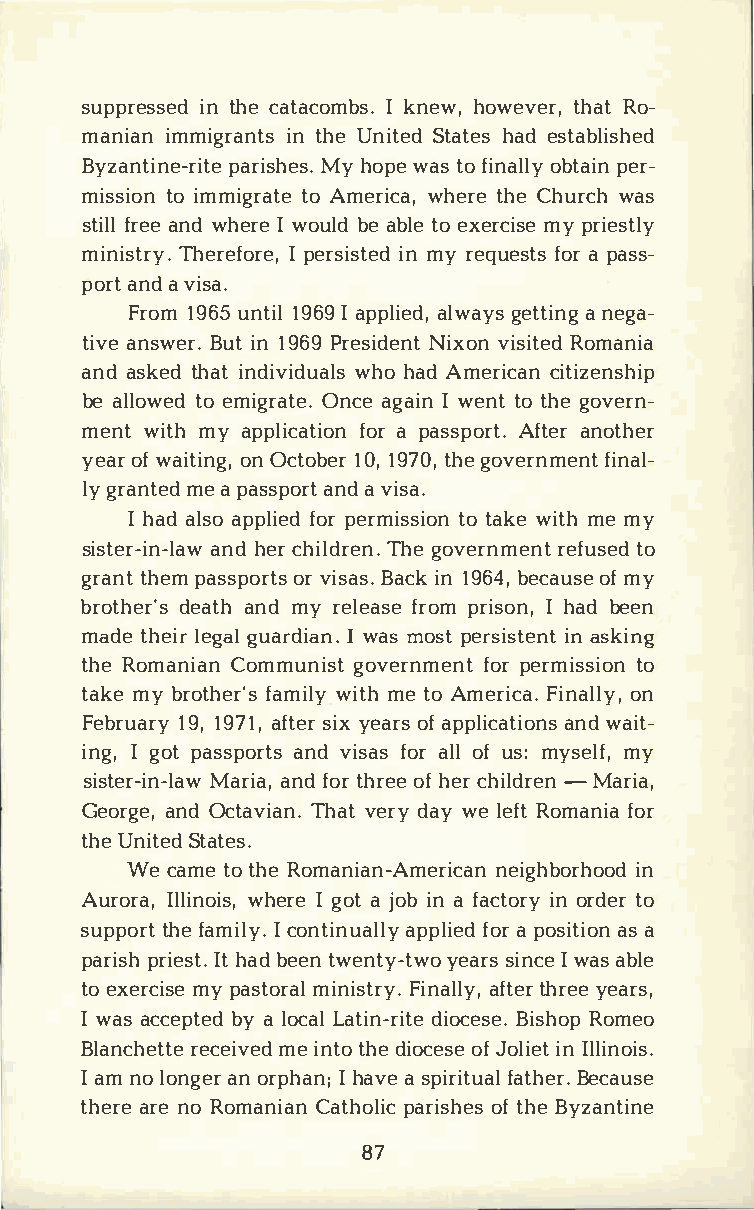
suppreisnts heceda tacoImk bnse.wh ,o wevtehraR,to ­
 maniiamnm igriantn htUesn itSetda theasde stablished
 Byzantipnaer-irsMihyteh eso .pw ea tso f inaolbltyap ienr ­
 misstiooi nm migtroaA tmee riwchae,rt eh Ceh urwcahs
 stfirlealne wd h erIwe o ulbdea blteoe xermcyips rei estly
 minisTthreyr.e fIpo erres,i isnmt yer de quefsoatrp s a ss­
 poratna dv isa.
 Fro1m9 6u5n t1i9l6I a9 p plailewda,gy est tain negg a­
 tivaen swBeurit.n 1 96P9r esiNdiexnovtni siRtoemda nia
 anda sktehda itn diviwdhuoha alAdsm ericciatni zenship
 bea llotwoee dm igrOantceae.g aIiw ne nttot hgeo vern­
 menwti tmhy a pplicfaotarip oans spAofrttae.nr o ther
 yeaorfw aitoinnO gc,t o1b0e1,r9 7t0h,ge o vernfmiennatl ­
 lyg ranmteea pd a ssapnoadrv ti sa.
 Ih aadl saop plfioeprde rmistsoti aokwnei tmhe m y
 sistera-nihdne -crlh aiwl dTrheegn o.v ernmentt or efused
 gratnhte pma sspoorvr itssBa asc.ik n1 96b4e,c aoufms ye
 brothdeera'atsnh d m y relferaopsmre i sIoh na,db een
 madteh eliergg aula arndI.iw asm ospte rsiisnat seknitn g
 thReo manian    Communisftop  reg romviestrsoni moenn t
 takmey b rothfearm'iwsli ytm het oA merica. oFni nally,
 Febru1a91r,9y 7 a1f,t seiyrxe aorfas p plicaantwdia oints­
 ingI,g opta sspaonrdvt iss faosar l olfu sm:y semlyf ,
 sisterM-airni-aaln,afd wo t rh roefhe e crh il-drMeanr ia,
 GeoragnedO, c tavTihaanvt.e rdya wy el eRfotm anfioar
 thUen itSetda tes.
 Wec amteot hReo manian-Americainn    neighborhood
 Aurora,     IllIig noaotji osib,na f wahcetironeor ryd teor
 supptohrfeta miIlc yo.n tinaupapllflioyear pd o siatsia on
 paripsrhi eIshtta b.de etnw entyy-etawsrois n Icw ea asb le
 toe xermcyip saes tmoirnails Ftirnya.al flttyeh,rr y eeea rs,
 Iw asa ccepbtyae l do cLaalt ind-iroictBeeis seh.Ro opm eo
 Blancrheectetiemv ee dit nhtdeoi ocoefJs oel iIeltl iinno is.
 Ia mn ol ongaenor r phIah na;va es pirfiattuhaBeler c.a use
 thearrene o R omanCiaatnh poalriicso hfte hBsey zantine
 87